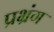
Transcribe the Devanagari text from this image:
प्रभ्रंग